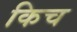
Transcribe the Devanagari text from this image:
किच